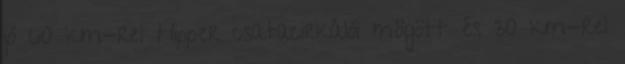
jó 60 km-rel Hipper csatacirkálói mögött és 30 km-rel